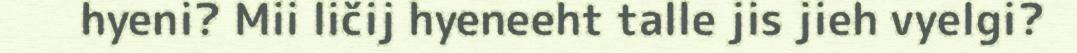
hyeni? Mii ličij hyeneeht talle jis jieh vyelgi?